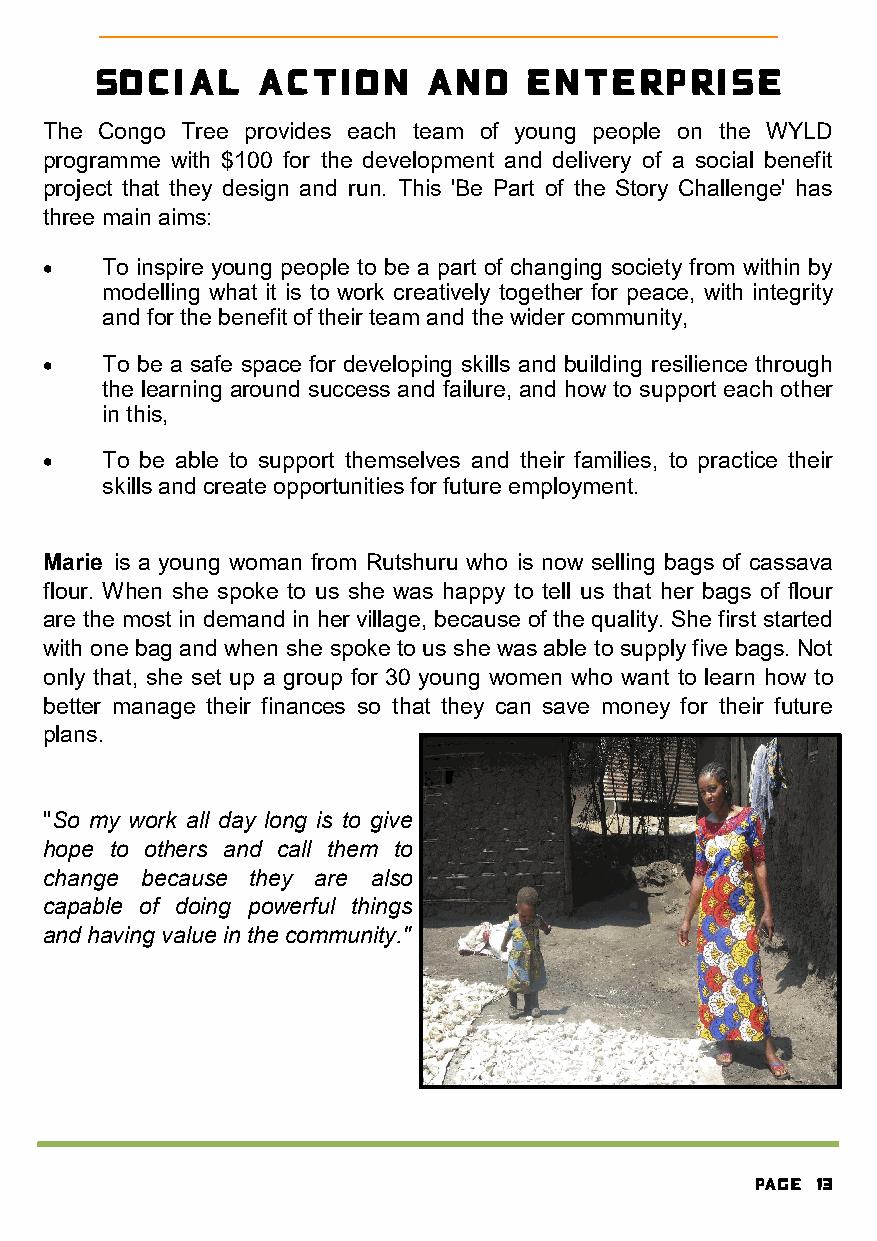
Social     action     and    enterprise
 The Congo Tree provides each team of young people on the WYLD
 programme with $100 for the development and delivery of a social benefit
 project that they design and run. This 'Be Part of the Story Challenge' has
 three main aims:
 •   To inspire young people to be a part of changing society from within by
 modelling what it is to work creatively together for peace, with integrity
 and for the benefit of their team and the wider community,
 •   To be a safe space for developing skills and building resilience through
 the learning around success and failure, and how to support each other
 in this,
 •   To be able to support themselves and their families, to practice their
 skills and create opportunities for future employment.
 Marie is a young woman from Rutshuru who is now selling bags of cassava
 flour. When she spoke to us she was happy to tell us that her bags of flour
 are the most in demand in her village, because of the quality. She first started
 with one bag and when she spoke to us she was able to supply five bags. Not
 only that, she set up a group for 30 young women who want to learn how to
 better manage their finances so that they can save money for their future
 plans.
 "So my work all day long is to give
 hope to others and call them to
 change because they are also
 capable of doing powerful things
 and having value in the community."
 Page 13